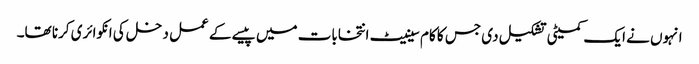
انہوں نے ایک کمیٹی تشکیل دی جس کا کام سینیٹ انتخابات میں پیسے کے عمل دخل کی انکوائری کرنا تھا۔